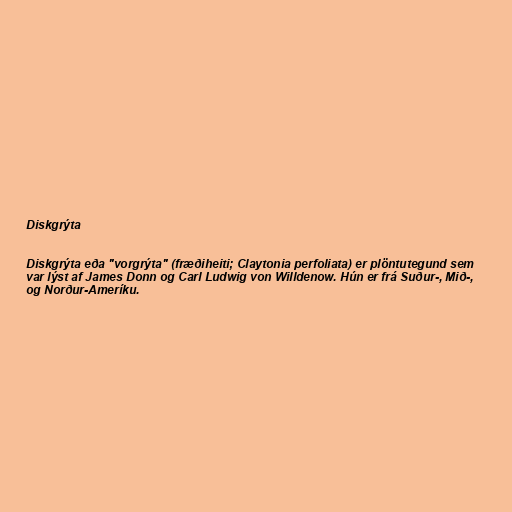
Diskgrýta

Diskgrýta eða "vorgrýta" (fræðiheiti; Claytonia perfoliata) er plöntutegund sem
var lýst af James Donn og Carl Ludwig von Willdenow. Hún er frá Suður-, Mið-,
og Norður-Ameríku.